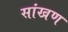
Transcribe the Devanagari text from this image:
सांखण